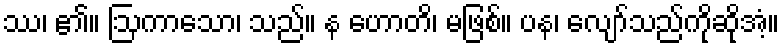
ဿ၊ ၏။ ဩကာသော၊ သည်။ န ဟောတိ၊ မဖြစ်။ ပန၊ လျော်သည်ကိုဆိုအံ့။